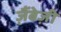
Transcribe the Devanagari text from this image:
ज़ैंबेज़ी